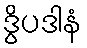
ဒွိပဒါနံ